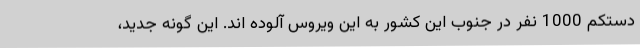
دستکم 1000 نفر در جنوب این کشور به این ویروس آلوده اند. این گونه جدید،